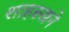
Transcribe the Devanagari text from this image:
शाहरूखने